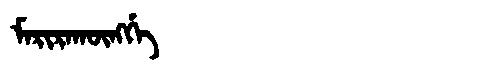
Manchu: ᠮᠠᡵᡳᡵᠠᡴᡡᠩᡤᡝ
Romanization: MARIRAKŪNGGE